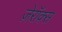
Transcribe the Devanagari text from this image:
ज़ेरॉक्स